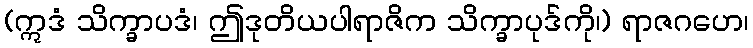
(ဣဒံ သိက္ခာပဒံ၊ ဤဒုတိယပါရာဇိက သိက္ခာပုဒ်ကို၊) ရာဇဂဟေ၊